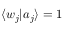
\langle w _ { j } | a _ { j } \rangle = 1